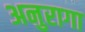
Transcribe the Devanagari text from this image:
अनुरागा